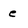
Character: e